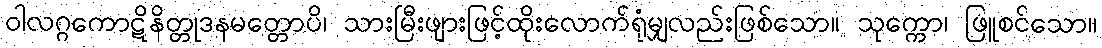
ဝါလဂ္ဂကောဋိနိတ္တုဒနမတ္တောပိ၊ သားမြီးဖျားဖြင့်ထိုးလောက်ရုံမျှလည်းဖြစ်သော။ သုက္ကော၊ ဖြူစင်သော။